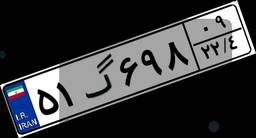
۸۸گ۹۵۸۹۲